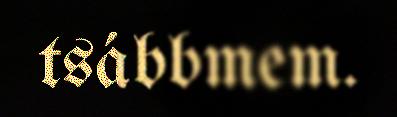
tsábbmem.